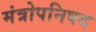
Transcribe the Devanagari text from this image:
मंत्रोपनिषद